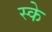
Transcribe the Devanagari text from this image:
स्के